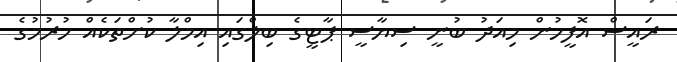
ރައީސް އޮފީހުން މިއަދު ބުނީ ސިޔާސީ ޕާޓީގެ ބިލްގައި އިމްލާ ކުށްތަކެއް ހުރުމުގެ